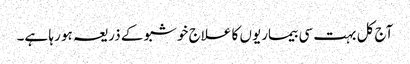
آج کل بہت سی بیماریوں کا علاج خوشبو کے ذریعہ ہو رہا ہے۔